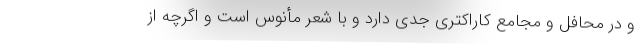
و در محافل و مجامع کاراکتری جدی دارد و با شعر مأنوس است و اگرچه از